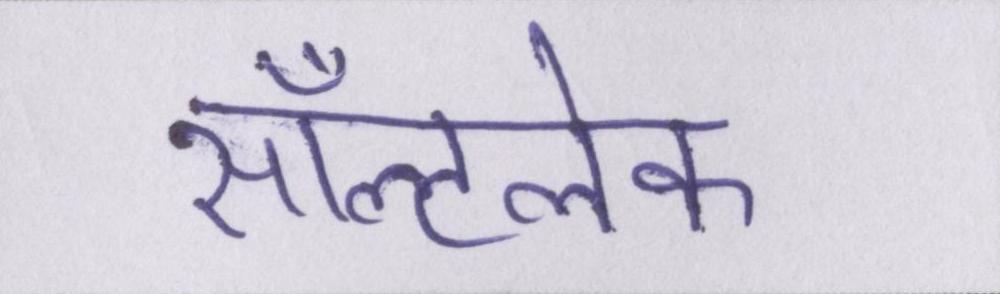
सॉल्टलेक